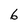
Character: 6